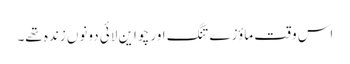
اس وقت ماؤزے تنگ اور چو این لائی دونوں زندہ تھے۔